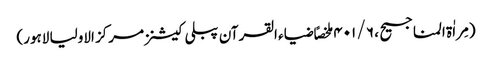
(مِراٰة المناجیح ، ۶ / ۴۰۱ ملخصاً ضیاء القرآن پبلی کیشنز مرکز الاولیا لاہور)